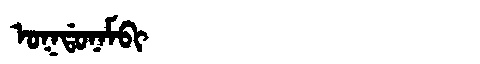
Manchu: ᠣᡴᡩᠣᠨᠠᠮᠪᡳ
Romanization: OKDONAMBI